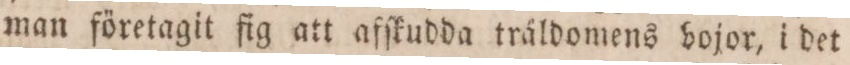
man företagit fig att afſkuda träldomens bojor, i det